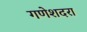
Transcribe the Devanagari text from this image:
गणेशदरा